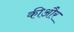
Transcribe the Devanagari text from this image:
कीऔर